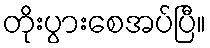
တိုးပွားစေအပ်ပြီ။